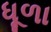
ધૂળા